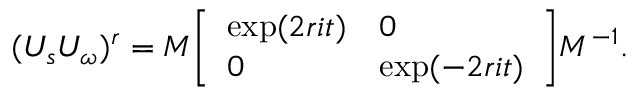
( U _ { s } U _ { \omega } ) ^ { r } = M { \left[ \begin{array} { l l } { \exp ( 2 r i t ) } & { 0 } \\ { 0 } & { \exp ( - 2 r i t ) } \end{array} \right] } M ^ { - 1 } .